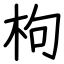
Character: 枸